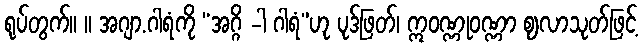
ရုပ်တွက်။ ။ အဂျာ.ဂါရံကို “အဂ္ဂိ -ါ ဂါရံ”ဟု ပုဒ်ဖြတ်၊ ဣဝဏ္ဏုဝဏ္ဏာ ဈလာသုတ်ဖြင့်